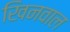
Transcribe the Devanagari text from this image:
खिनवाल